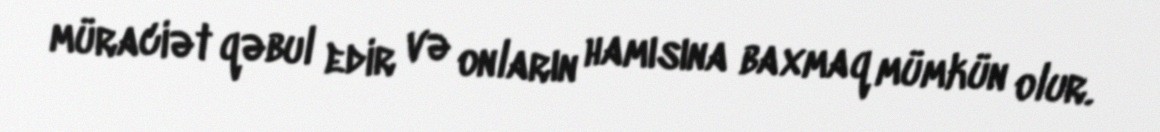
müraciət qəbul edir və onların hamısına baxmaq mümkün olur.